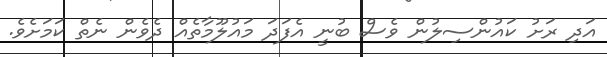
އަދި ރަށު ކައުންސިލުން ވެސް ބުނީ އެފަދަ މައުލޫމާތެއް ދެވެން ނެތް ކަމަށެވެ.